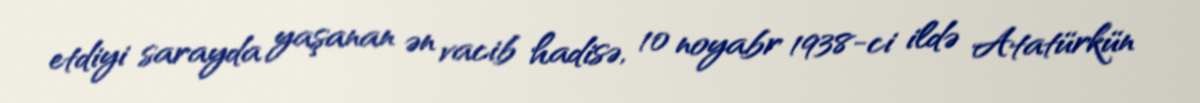
etdiyi sarayda yaşanan ən vacib hadisə, 10 noyabr 1938-ci ildə Atatürkün